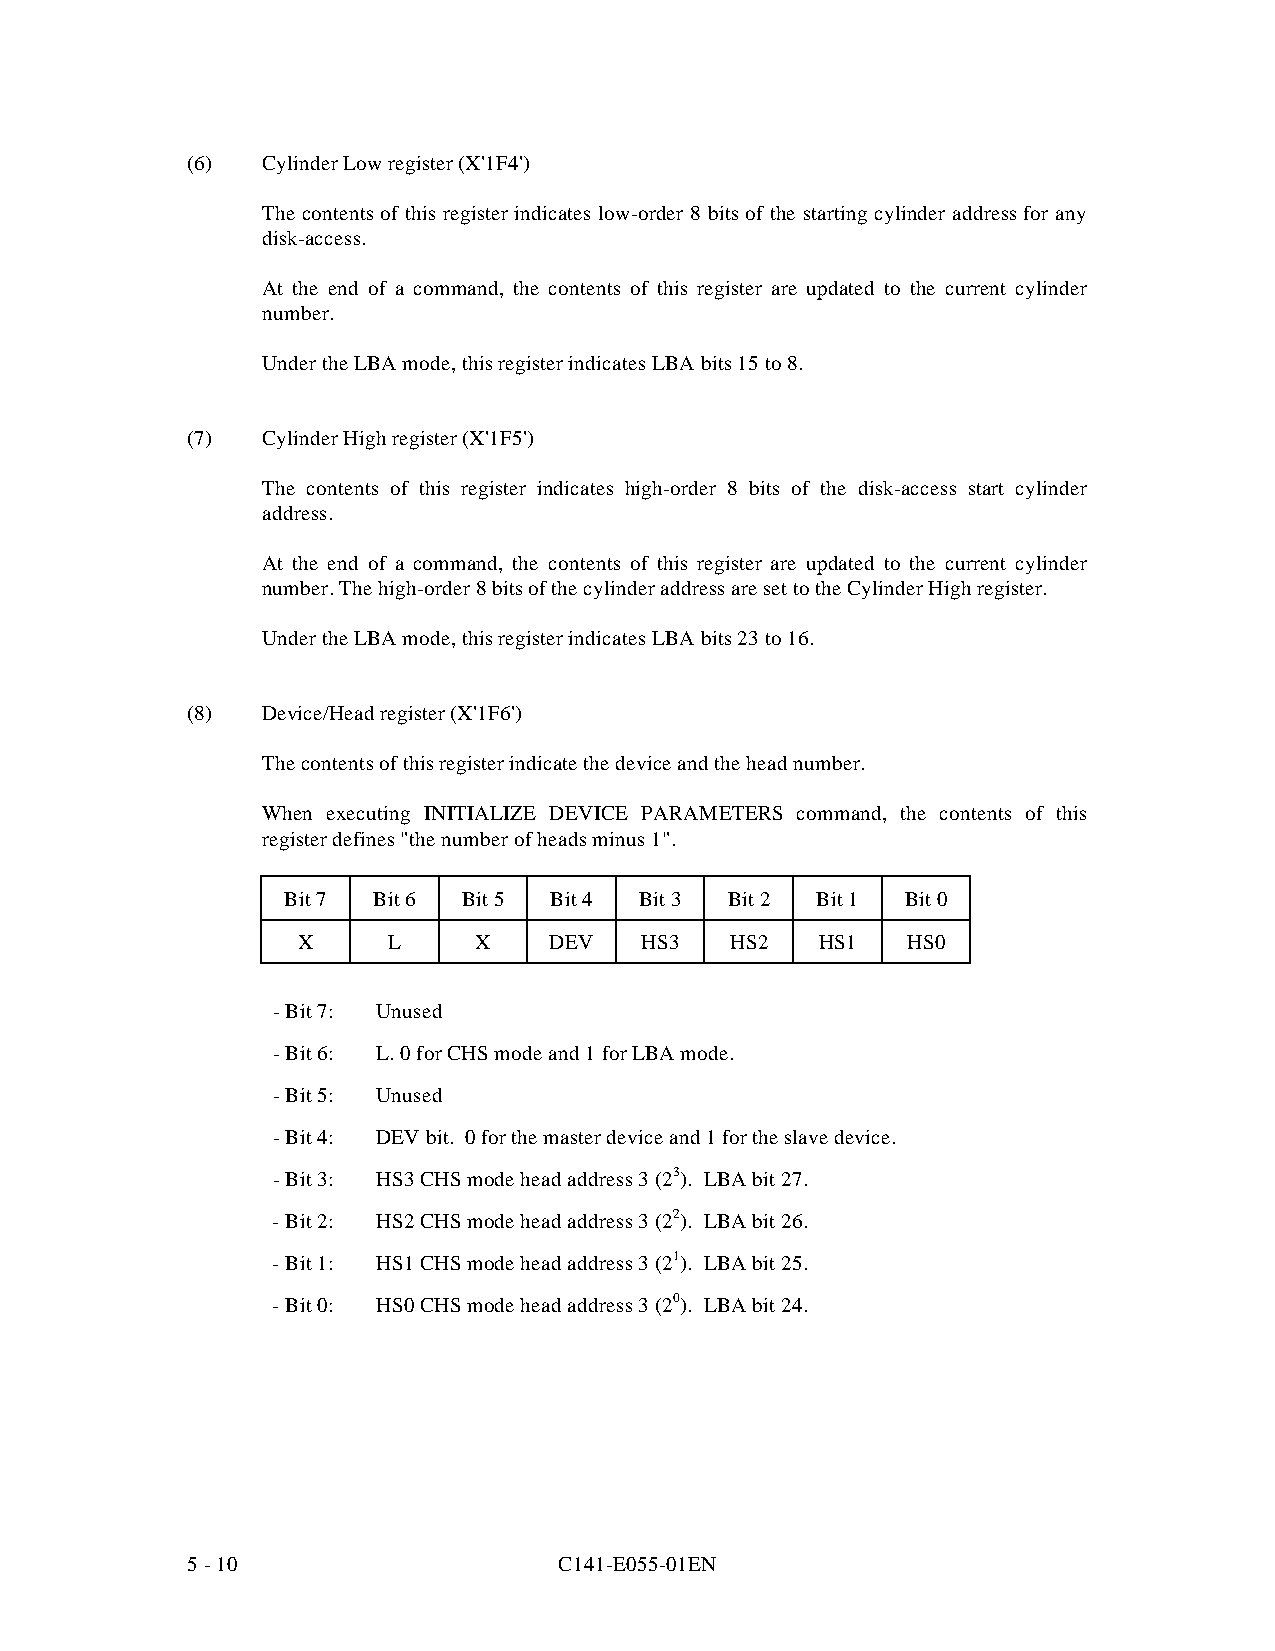
(6)  Cylinder Low register (X'1F4')
 The contents of this register indicates low-order 8 bits of the starting cylinder address for any
 disk-access.
 At the end of a command, the contents of this register are updated to the current cylinder
 number.
 Under the LBA mode, this register indicates LBA bits 15 to 8.
 (7)  Cylinder High register (X'1F5')
 The contents of this register indicates high-order 8 bits of the disk-access start cylinder
 address.
 At the end of a command, the contents of this register are updated to the current cylinder
 number. The high-order 8 bits of the cylinder address are set to the Cylinder High register.
 Under the LBA mode, this register indicates LBA bits 23 to 16.
 (8)  Device/Head register (X'1F6')
 The contents of this register indicate the device and the head number.
 When executing INITIALIZE DEVICE PARAMETERS command, the contents of this
 register defines "the number of heads minus 1".
 Bit 7 Bit 6 Bit 5 Bit 4 Bit 3 Bit 2 Bit 1 Bit 0
 X     L    X    DEV   HS3   HS2   HS1   HS0
 - Bit 7: Unused
 - Bit 6: L. 0 for CHS mode and 1 for LBA mode.
 - Bit 5: Unused
 - Bit 4: DEV bit. 0 for the master device and 1 for the slave device.
 - Bit 3: HS3 CHS mode head address 3 (2 3). LBA bit 27.
 - Bit 2: HS2 CHS mode head address 3 (2 2). LBA bit 26.
 - Bit 1: HS1 CHS mode head address 3 (2 1). LBA bit 25.
 - Bit 0: HS0 CHS mode head address 3 (2 0). LBA bit 24.
 5 - 10                   C141-E055-01EN